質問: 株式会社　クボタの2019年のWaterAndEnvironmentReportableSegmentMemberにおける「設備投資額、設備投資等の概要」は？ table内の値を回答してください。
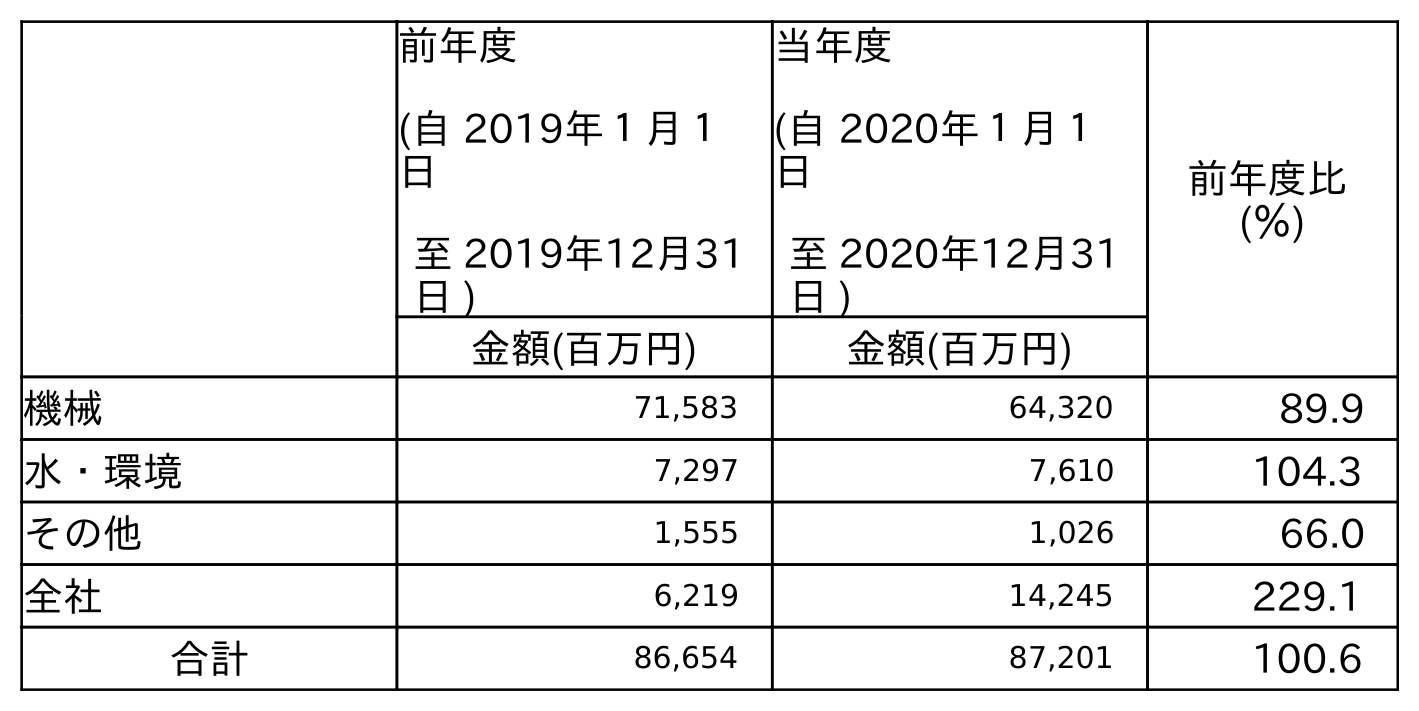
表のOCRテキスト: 前年度 (自 2019年１月１ 日 至 2019年12月31 日 ) 当年度 (自 2020年１月１ 日 至 2020年12月31 日 ) 前年度比 (％) 金額(百万円) 金額(百万円) 機械 71,583 64,320 89.9 水・環境 7,297 7,610 104.3 その他 1,555 1,026 66.0 全社 6,219 14,245 229.1 合計 86,654 87,201 100.6
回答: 7,297